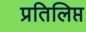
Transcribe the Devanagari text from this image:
प्रतिलिप्त